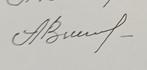
Signature authenticity: genuine